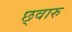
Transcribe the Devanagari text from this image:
छ्वारु